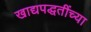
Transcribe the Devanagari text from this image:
खाद्यपद्धतींच्या